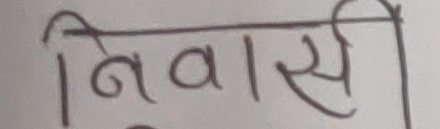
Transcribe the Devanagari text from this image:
निवासी